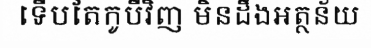
ទើបតែកូបីវិញ មិនដឹងអត្ថន័យ